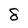
Character: 8